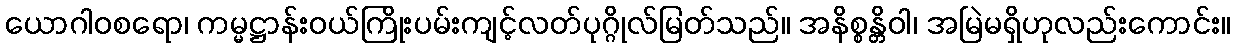
ယောဂါဝစရော၊ ကမ္မဋ္ဌာန်းဝယ်ကြိုးပမ်းကျင့်လတ်ပုဂ္ဂိုလ်မြတ်သည်။ အနိစ္စန္တိဝါ၊ အမြဲမရှိဟုလည်းကောင်း။